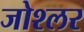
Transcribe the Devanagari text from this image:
जोश्लर